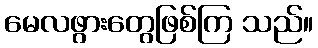
မေလဖွားတွေဖြစ်ကြ သည်။